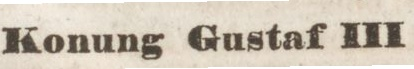
Konung Gustaf III